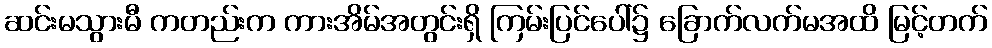
ဆင်းမသွားမီ ကတည်းက ကားအိမ်အတွင်းရှိ ကြမ်းပြင်ပေါ်၌ ခြောက်လက်မအထိ မြင့်တက်